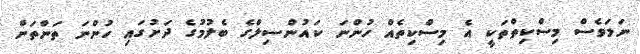
ނަމަވެސް މިސްކިތްތަކީ އެ މިސްކިތެއް ހުންނަ ކައުންސިލްގެ ބެލުމުގެ ދަށުގައި ހުންނަ ތަންތަން